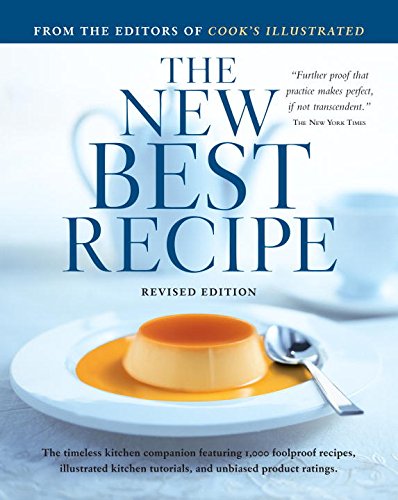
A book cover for The New Best Recipe; Cookbooks, Food & Wine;